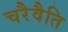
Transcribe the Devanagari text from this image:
चरैवैति